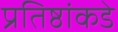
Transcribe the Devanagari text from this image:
प्रतिष्ठांकडे